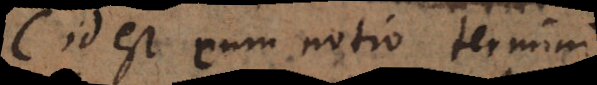
id est cum notio termini